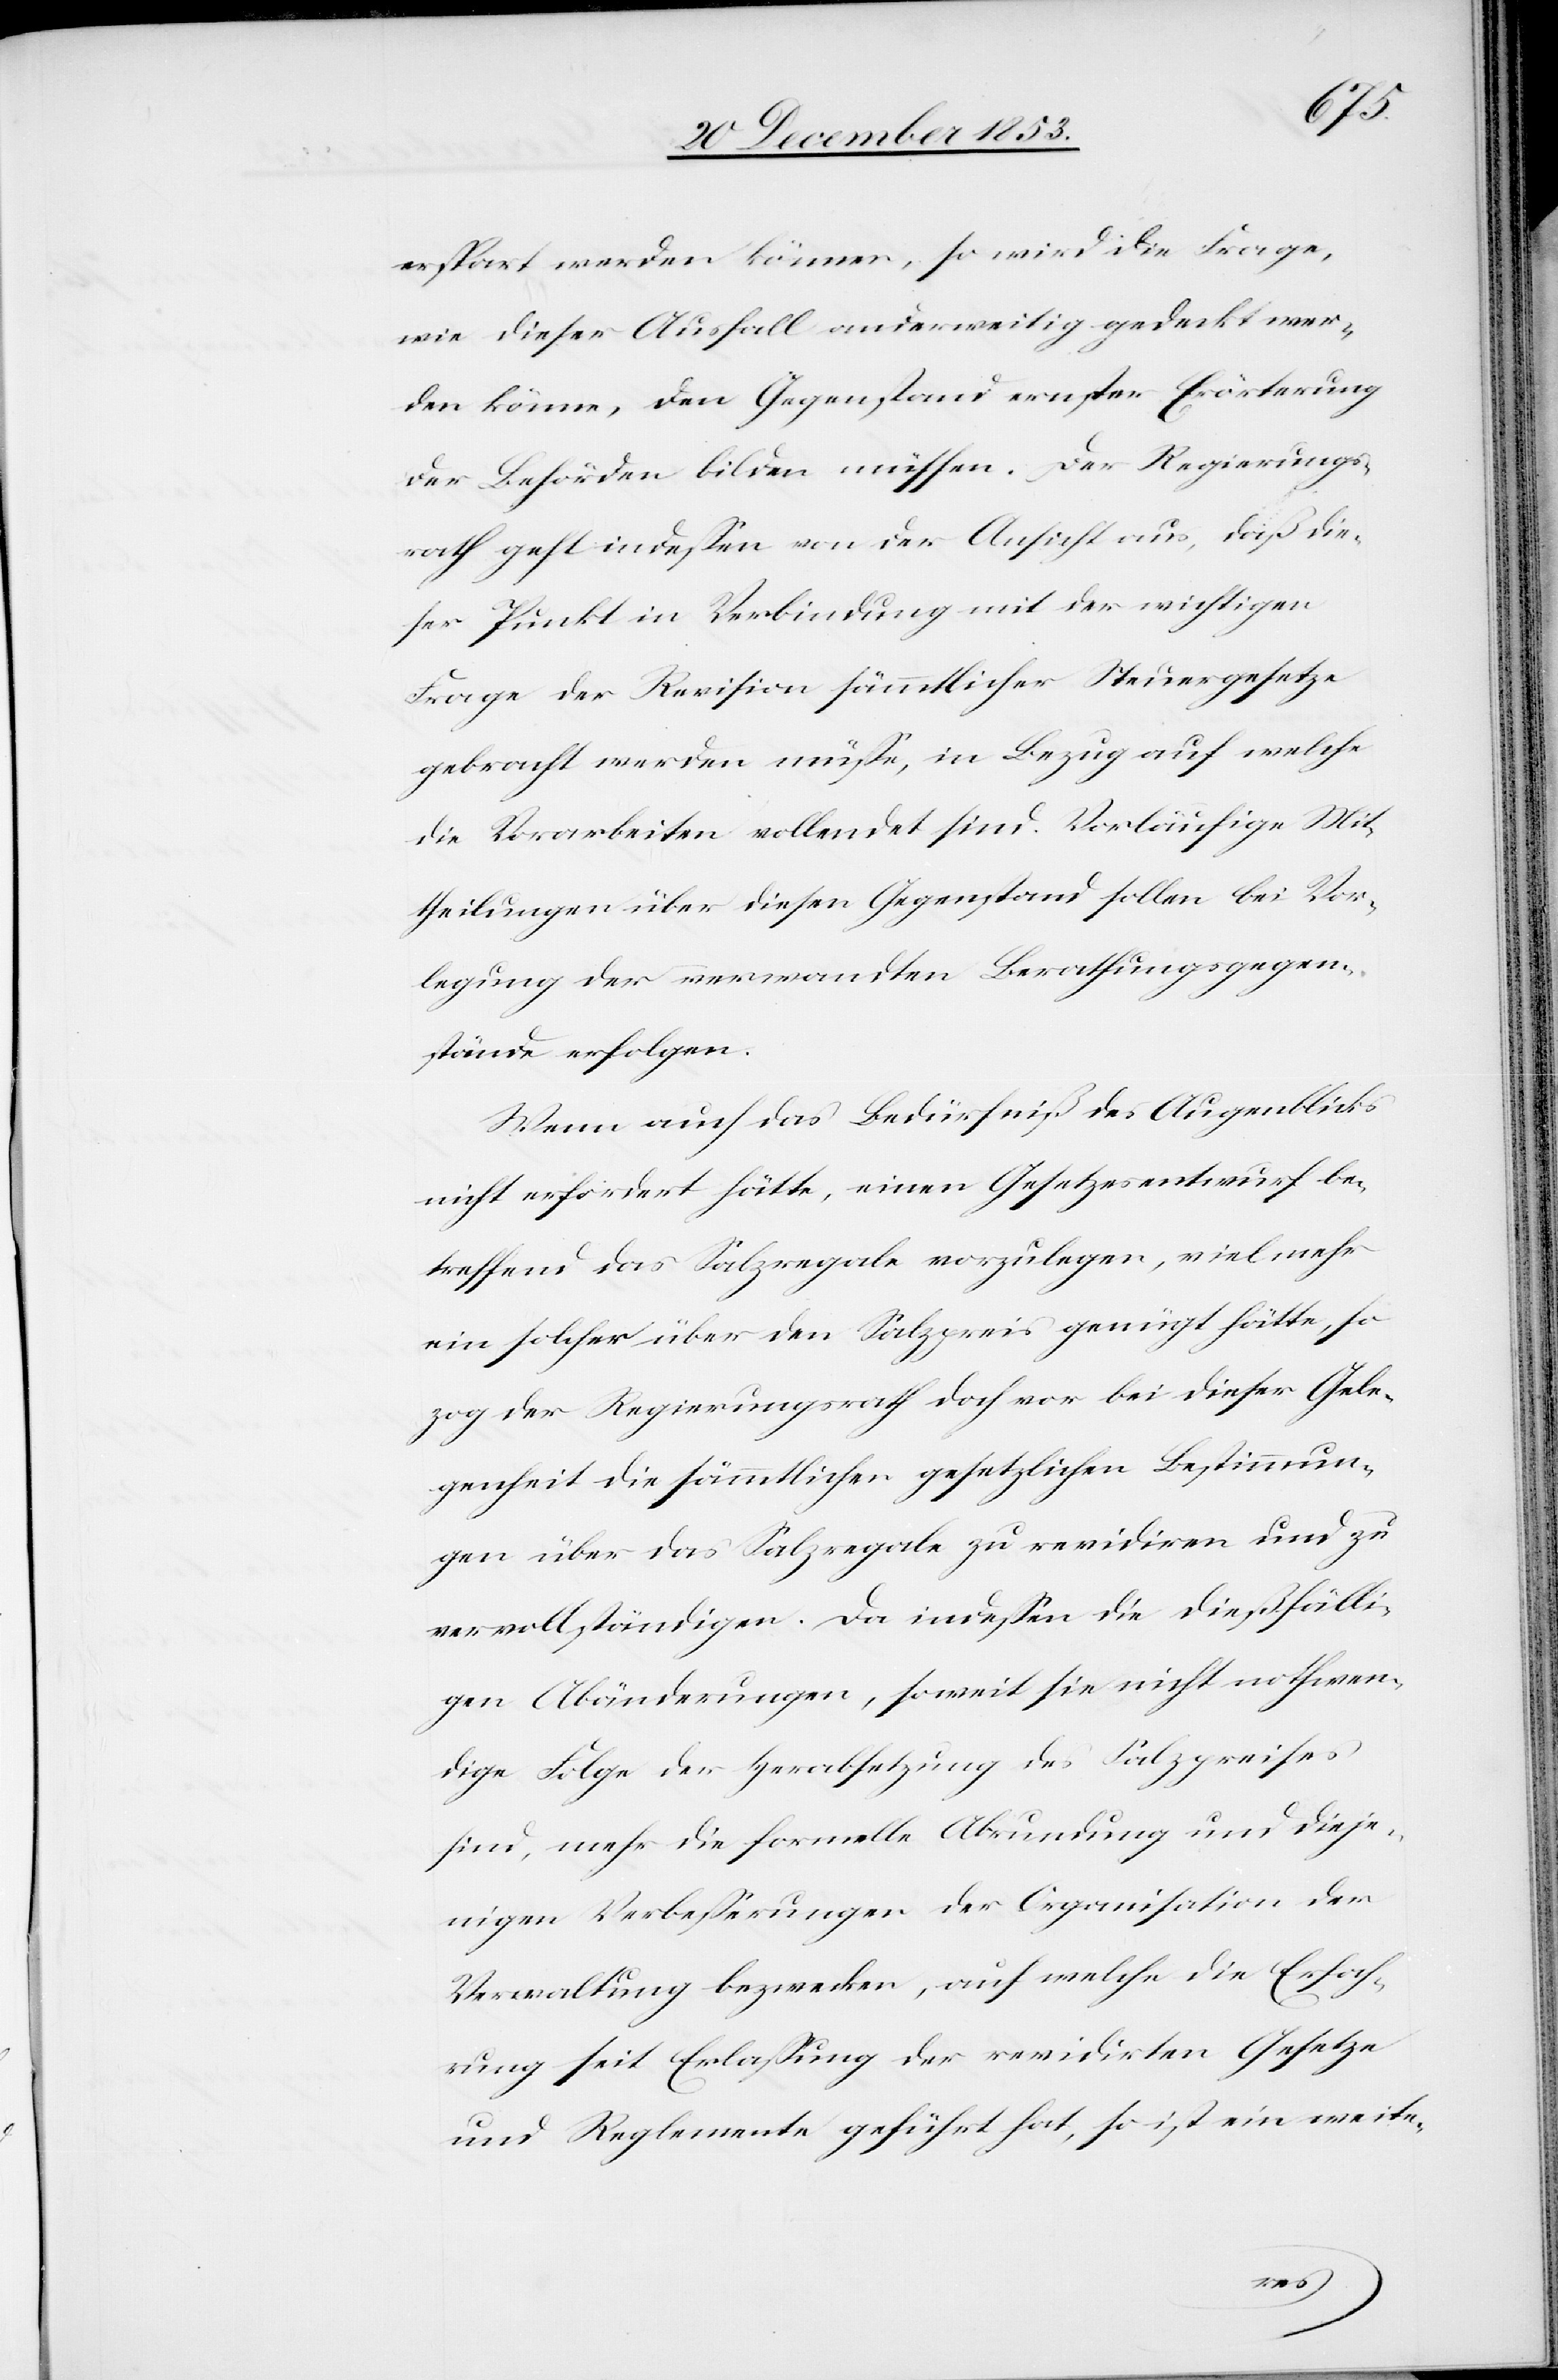
erspart werden können, so wird die Frage,
wie dieser Ausfall anderweitig gedeckt wer¬
den könne, den Gegenstand ernster Erörterung
der Behörden bilden müssen. Der Regierungs¬
rath geht indeßen von der Ansicht aus, daß die¬
ser Punkt in Verbindung mit der wichtigen
Frage der Revision sämmtlicher Steuergesetze
gebracht werden müße, in Bezug auf welche
die Vorarbeiten vollendet sind. Vorläufige Mit¬
theilungen über diesen Gegenstand sollen bei Vor¬
legung der verwandten Berathungsgegen¬
stände erfolgen.
Wenn auch das Bedürfniß des Augenblickes
nicht erfordert hätte, einen Gesetzesentwurf be¬
treffend das Salzregale vorzulegen, viel mehr
ein solcher über den Salzpreis genügt hätte, so
zog der Regierungsrath doch vor bei dieser Gele¬
genheit die sämmtlichen gesetzlichen Bestimmun¬
gen über das Salzregale zu revidiren und zu
vervollständigen. Da indeßen die dießfälli¬
gen Abänderungen, soweit sie nicht nothwen¬
dige Folge der Herabsetzung des Salzpreises
sind, mehr die formelle Abrundung und dieje¬
nigen Verbeßerungen der Organisation der
Verwaltung bezwecken, auf welche die Erfah¬
rung seit Erlaßung der revidirten Gesetze
und Reglemente geführt hat, so ist ein weite-